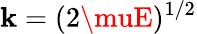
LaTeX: \mathbf{k}=(2\muE)^{1/2}